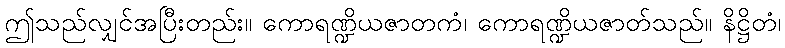
ဤသည်လျှင်အပြီးတည်း။ ကောရဏ္ဍိယဇာတကံ၊ ကောရဏ္ဍိယဇာတ်သည်။ နိဋ္ဌိတံ၊